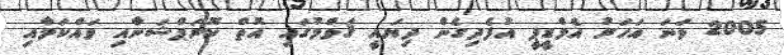
2005 ވަނަ އަހަރު އެމްޑީޕީ އުފެދިގެން ދިޔައީ ޤަވްމުގައި އޮތް ކޮރަޕްޝަނާއި ވައްކަމާއި